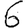
Digit: 6